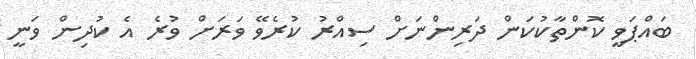
ބައްޕަވީ ކޮންތާކުކަން ދަރިންނަށް ސިއްރު ކުރެވޭ ވަރަށް ވުރެ އެ ކުދިން ވަނީ